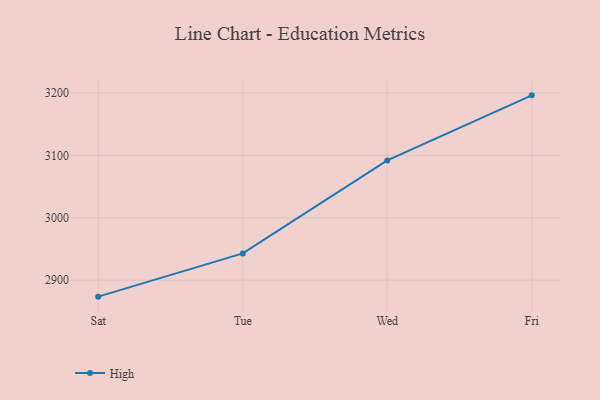
{"axis": {"x": "Day", "y": "Churn Rate (%)"}, "legend": ["High"], "data": [{"x": "Sat", "y": 2873.6, "type": "High"}, {"x": "Tue", "y": 2942.9, "type": "High"}, {"x": "Wed", "y": 3091.8, "type": "High"}, {"x": "Fri", "y": 3196.1, "type": "High"}]}